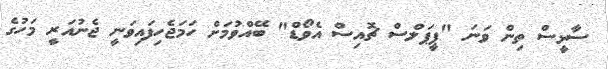
ސާޅީސް ތިން ވަނަ "ޕީޕަލްސް ޗޮއިސް އެވޯޑް" ބޭއްވުމަށް ހަމަޖެހިފައިވަނީ ޖެނުއަރީ މަހުގެ